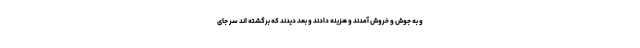
و به جوش و خروش آمدند و هزینه دادند و بعد دیدند که برگشته اند سر جای